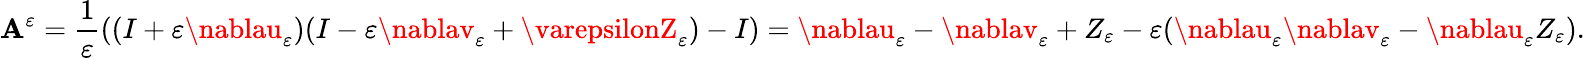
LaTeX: \mathbf{A}^{\varepsilon}=\frac{{1}}{{\varepsilon}}\left((I+\varepsilon\nablau_{\varepsilon})(I-\varepsilon\nablav_{\varepsilon}+\varepsilonZ_{\varepsilon})-I\right)=\nablau_{\varepsilon}-\nablav_{\varepsilon}+Z_{\varepsilon}-\varepsilon(\nablau_{\varepsilon}\nablav_{\varepsilon}-\nablau_{\varepsilon}Z_{\varepsilon}).